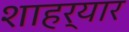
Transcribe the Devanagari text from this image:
शाहर्यार